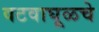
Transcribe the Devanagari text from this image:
वटवाघूळचे